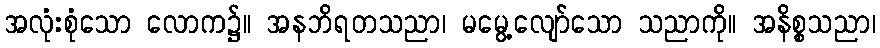
အလုံးစုံသော လောက၌။ အနဘိရတသညာ၊ မမွေ့လျော်သော သညာကို။ အနိစ္စသညာ၊